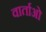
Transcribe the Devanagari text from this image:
वार्ताओ